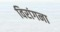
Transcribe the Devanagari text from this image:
विरांगना